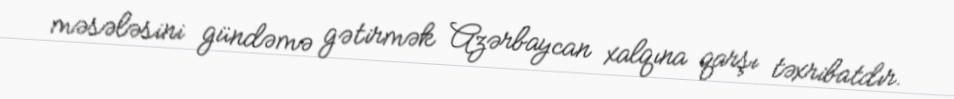
məsələsini gündəmə gətirmək Azərbaycan xalqına qarşı təxribatdır.